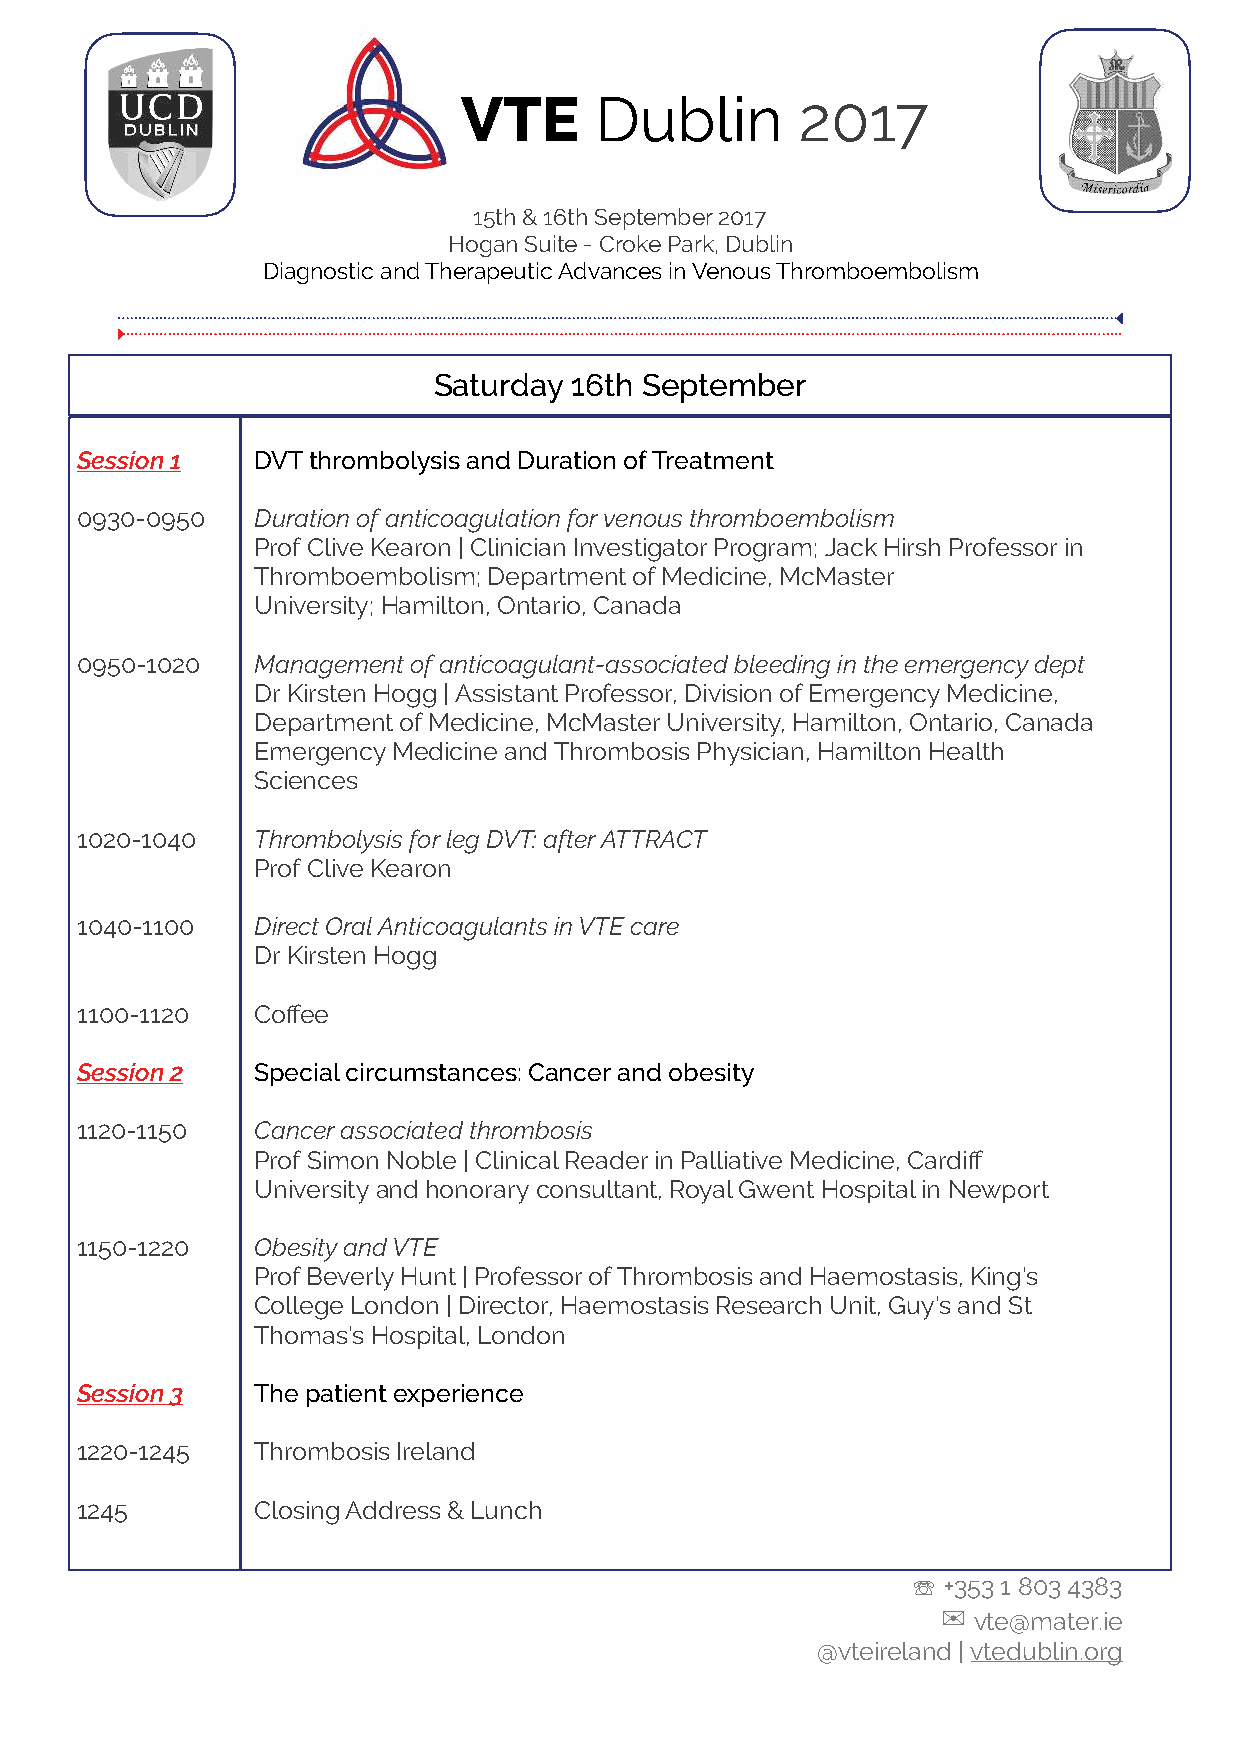
VTE      Dublin        2017
 15th & 16th September 2017
 Hogan Suite - Croke Park, Dublin
 Diagnostic and Therapeutic Advances in Venous Thromboembolism
 Saturday 16th September
 Session 1   DVT thrombolysis and Duration of Treatment
 0930-0950   Duration of anticoagulation for venous thromboembolism
 Prof Clive Kearon | Clinician Investigator Program; Jack Hirsh Professor in
 Thromboembolism; Department of Medicine, McMaster
 University; Hamilton, Ontario, Canada
 0950-1020   Management of anticoagulant-associated bleeding in the emergency dept
 Dr Kirsten Hogg | Assistant Professor, Division of Emergency Medicine,
 Department of Medicine, McMaster University, Hamilton, Ontario, Canada
 Emergency Medicine and Thrombosis Physician, Hamilton Health
 Sciences
 1020-1040   Thrombolysis for leg DVT: after ATTRACT
 Prof Clive Kearon
 1040-1100   Direct Oral Anticoagulants in VTE care
 Dr Kirsten Hogg
 1100-1120   Coffee
 Session 2   Special circumstances: Cancer and obesity
 1120-1150   Cancer associated thrombosis
 Prof Simon Noble | Clinical Reader in Palliative Medicine, Cardiff
 University and honorary consultant, Royal Gwent Hospital in Newport
 1150-1220   Obesity and VTE
 Prof Beverly Hunt | Professor of Thrombosis and Haemostasis, King’s
 College London | Director, Haemostasis Research Unit, Guy’s and St
 Thomas’s Hospital, London
 Session 3   The patient experience
 1220-1245   Thrombosis Ireland
 1245        Closing Address & Lunch
 ☏ +353 1 803 4383
 ✉
 vte@mater.ie
 @vteireland | vtedublin.org